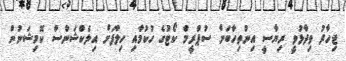
ޖިހާދު ވިދާޅުވީ ރިޔާސީ އިންތިހާބަށް ސުޕްރީމް ކޯޓުގެ ހުކުމާއި ހިލާފަށް އިލެކްޝަންސް ކޮމިޝަނުން